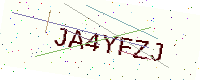
Text: JA4YFZJ